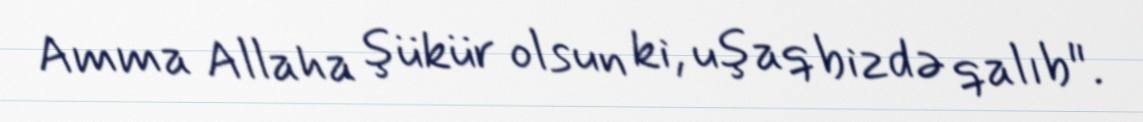
Amma Allaha şükür olsun ki, uşaq bizdə qalıb".